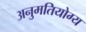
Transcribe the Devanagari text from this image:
अनुमतियोग्य